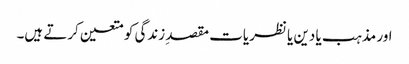
اور مذہب یا دین یا نظریات مقصدِ زندگی کو متعین کرتے ہیں۔